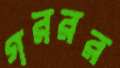
গররর